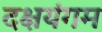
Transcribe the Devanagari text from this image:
दक्षयंगम